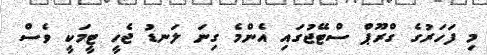
މި ފަހަރުގެ ގްރޫޕް ސްޓޭޖުގައި އެންމެ ގިނަ ލަނޑު ޖެހީ ޓީމަކީ ވެސް